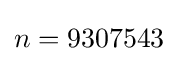
n=9307543